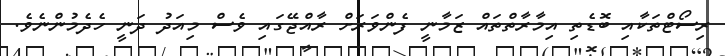
ރިސޯޓްތަކާއި ބޮޑެތި އިމާރާތްތައް ޒަމާނީ ފެންވަރަށް ރާއްޖޭގައި ވެސް މިއަދު ދަނީ ހެދެމުންނެވެ.